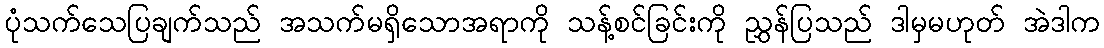
ပုံသက်သေပြချက်သည် အသက်မရှိသောအရာကို သန့်စင်ခြင်းကို ညွှန်ပြသည် ဒါမှမဟုတ် အဲဒါက